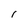
Character: I